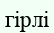
гірлі